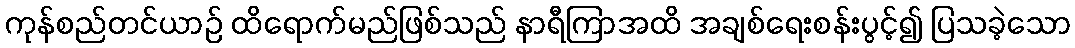
ကုန်စည်တင်ယာဉ် ထိရောက်မည်ဖြစ်သည် နာရီကြာအထိ အချစ်ရေးစန်းပွင့်၍ ပြသခဲ့သော